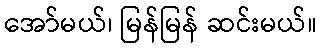
အော်မယ်၊ မြန်မြန် ဆင်းမယ်။